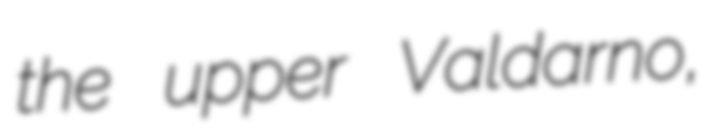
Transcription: the upper Valdarno,